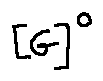
[ G ] ^ { 0 }